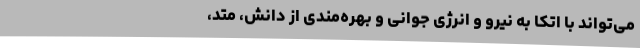
می‌تواند با اتکا به نیرو و انرژی جوانی و بهره‌مندی از دانش، متد،